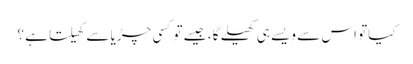
کیاتو اس سے ویسے ہی کھیلے گا ، جیسے تو کسی چڑیا سے کھیلتا ہے ؟